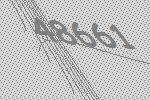
48661